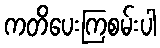
ကတိပေးကြစမ်းပါ